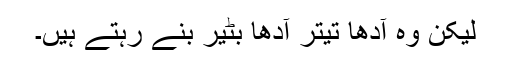
لیکن وہ آدھا تیتر آدھا بٹیر بنے رہتے ہیں۔